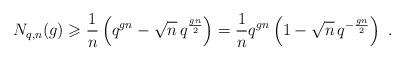
LaTeX: \begin{align*} N_{q,n}(g) \geqslant \dfrac{1}{n}\left(q^{gn}-\sqrt{n} \, q^{\frac{gn}{2}}\right)=\dfrac{1}{n}q^{gn}\left(1-\sqrt{n} \, q^{-\frac{gn}{2}}\right) \ .\end{align*}